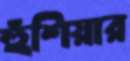
হুঁশিয়ার